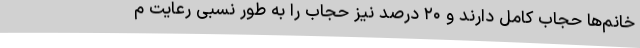
خانم‌ها حجاب کامل دارند و ۲۰ درصد نیز حجاب را به طور نسبی رعایت م